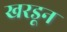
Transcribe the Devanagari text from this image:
खरडून